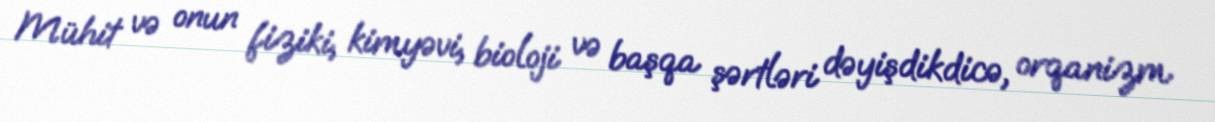
Mühit və onun fiziki, kimyəvi, bioloji və başqa şərtləri dəyişdikdicə, orqanizm